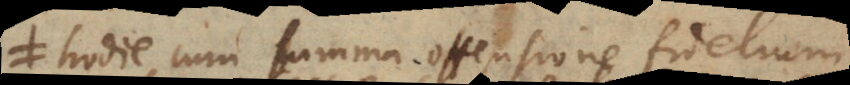
hodie cum summa offensione fidelium